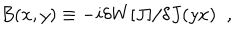
B ( x , y ) \equiv - i \delta W \lbrack J \rbrack / \delta J ( y x ) \; \; ,